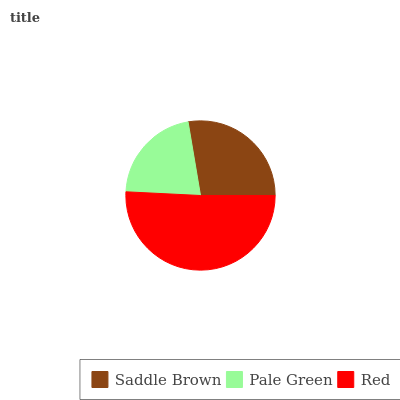
| Saddle Brown | Pale Green | Red |
 | --- | --- | --- |
 | 27.7% | 21.5% | 50.8% |